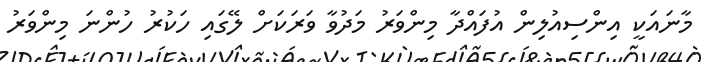
މާނައަކީ އިންސިއުލިން އުފައްދާ މިންވަރު މަދުވާ ވަރަކަށް ލޭގައި ހަކުރު ހުންނަ މިންވަރު